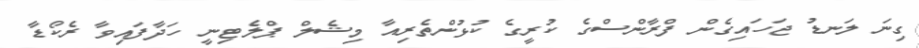
ގިނަ ލަނޑު ޖަހައިގެން ފްރާންސްގެ ކުރީގެ ކުޅުންތެރިއާ މިޝެލް ޕްލެޓިނީ ހަދާފައިވާ ރެކޯޑާ